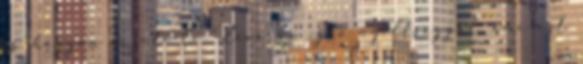
is, hogyan vezeti le. Zavarba ejtő nyíltsággal, ami azt